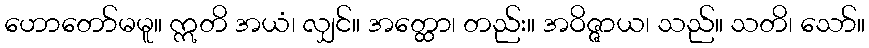
ဟောတော်မမူ။ ဣတိ အယံ၊ လျှင်။ အတ္ထော၊ တည်း။ အဝိဇ္ဇာယ၊ သည်။ သတိ၊ သော်။